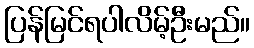
ပြန်မြင်ရပါလိမ့်ဦးမည်။